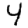
Digit: 4